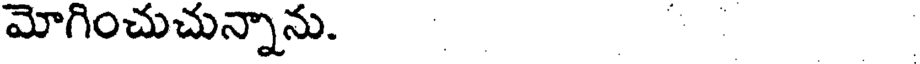
మోగించుచున్నాను.